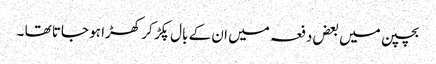
بچپن میں بعض دفعہ میں ان کے بال پکڑ کر کھڑا ہو جاتا تھا ۔